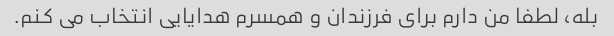
بله، لطفا من دارم برای فرزندان و همسرم هدایایی انتخاب می کنم.